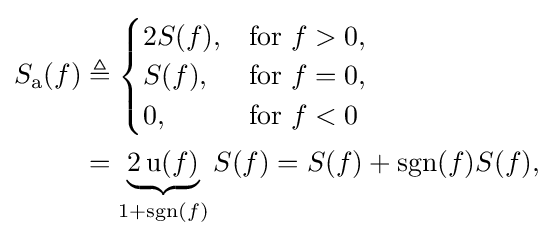
{\begin{aligned}S_{\mathrm {a} }(f)&\triangleq {\begin{cases}2S(f),&{\text{for}}\ f>0,\\S(f),&{\text{for}}\ f=0,\\0,&{\text{for}}\ f<0\end{cases}}\\&=\underbrace {2\operatorname {u} (f)} _{1+\operatorname {sgn} (f)}S(f)=S(f)+\operatorname {sgn} (f)S(f),\end{aligned}}